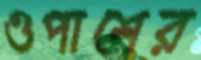
ওপাশের